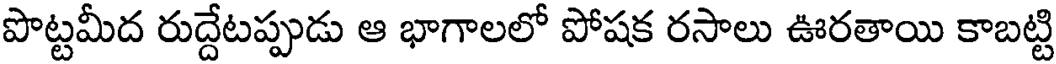
పొట్టమీద రుద్దేటప్పుడు ఆ భాగాలలో పోషక రసాలు ఊరతాయి కాబట్టి